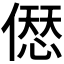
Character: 𠍴